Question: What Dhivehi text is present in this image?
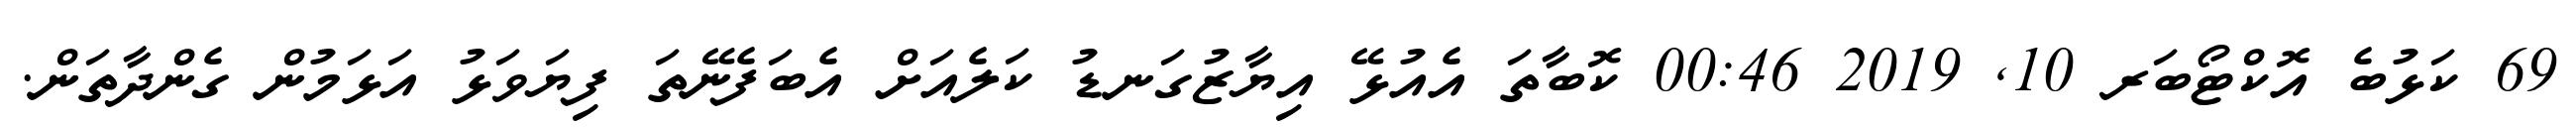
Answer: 69 ކަޅުބެ އޮކްޓޯބަރ 10, 2019 00:46 ކޮބާތަ އެއުޅޭ އިޔާޒުގަނޑު ކަލެއަށް އެބަފެނޭތަ ފިޔަވަޅު އަޅަމުން ގެންދާތަން.